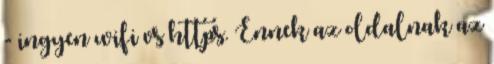
- ingyen wifi vs https. Ennek az oldalnak az